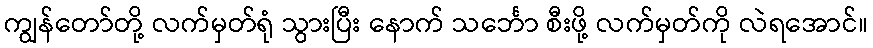
ကျွန်တော်တို့ လက်မှတ်ရုံ သွားပြီး နောက် သင်္ဘော စီးဖို့ လက်မှတ်ကို လဲရအောင်။